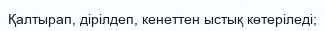
Қалтырап, дірілдеп, кенеттен ыстық көтеріледі;